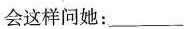
会这样问她: _____